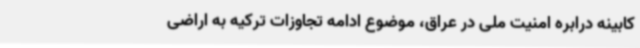
کابینه درابره امنیت ملی در عراق، موضوع ادامه تجاوزات ترکیه به اراضی